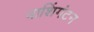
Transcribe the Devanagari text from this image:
वाशिंगंटन